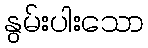
နွမ်းပါးသော